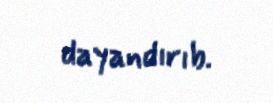
dayandırıb.